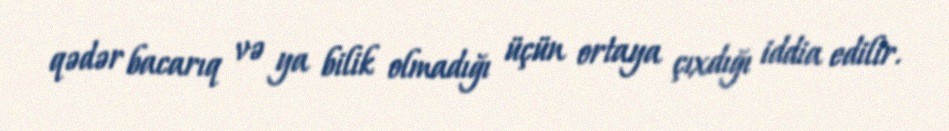
qədər bacarıq və ya bilik olmadığı üçün ortaya çıxdığı iddia edilir.